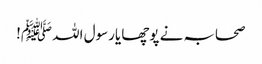
صحابہ نے پوچھا یارسول اللہ ﷺ!